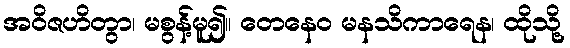
အဝိဇဟိတွာ၊ မစွန့်မူ၍။ တေနေဝ မနသိကာရေန၊ ထိုသို့